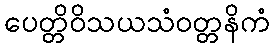
ပေတ္တိဝိသယသံဝတ္တနိကံ